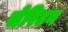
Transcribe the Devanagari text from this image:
चेरिटन